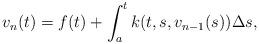
LaTeX: \begin{align*} v_n(t)=f(t)+\int_a^t k(t,s,v_{n-1}(s))\Delta s, \end{align*}